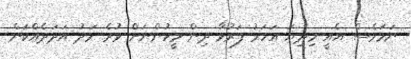
ނަމަވެސް އެއީ މިދިޔަ އަހަރު ފަރުވާ ދިން މީހުންނަށް ވުރެ މަދު އަދަދެއްކަން